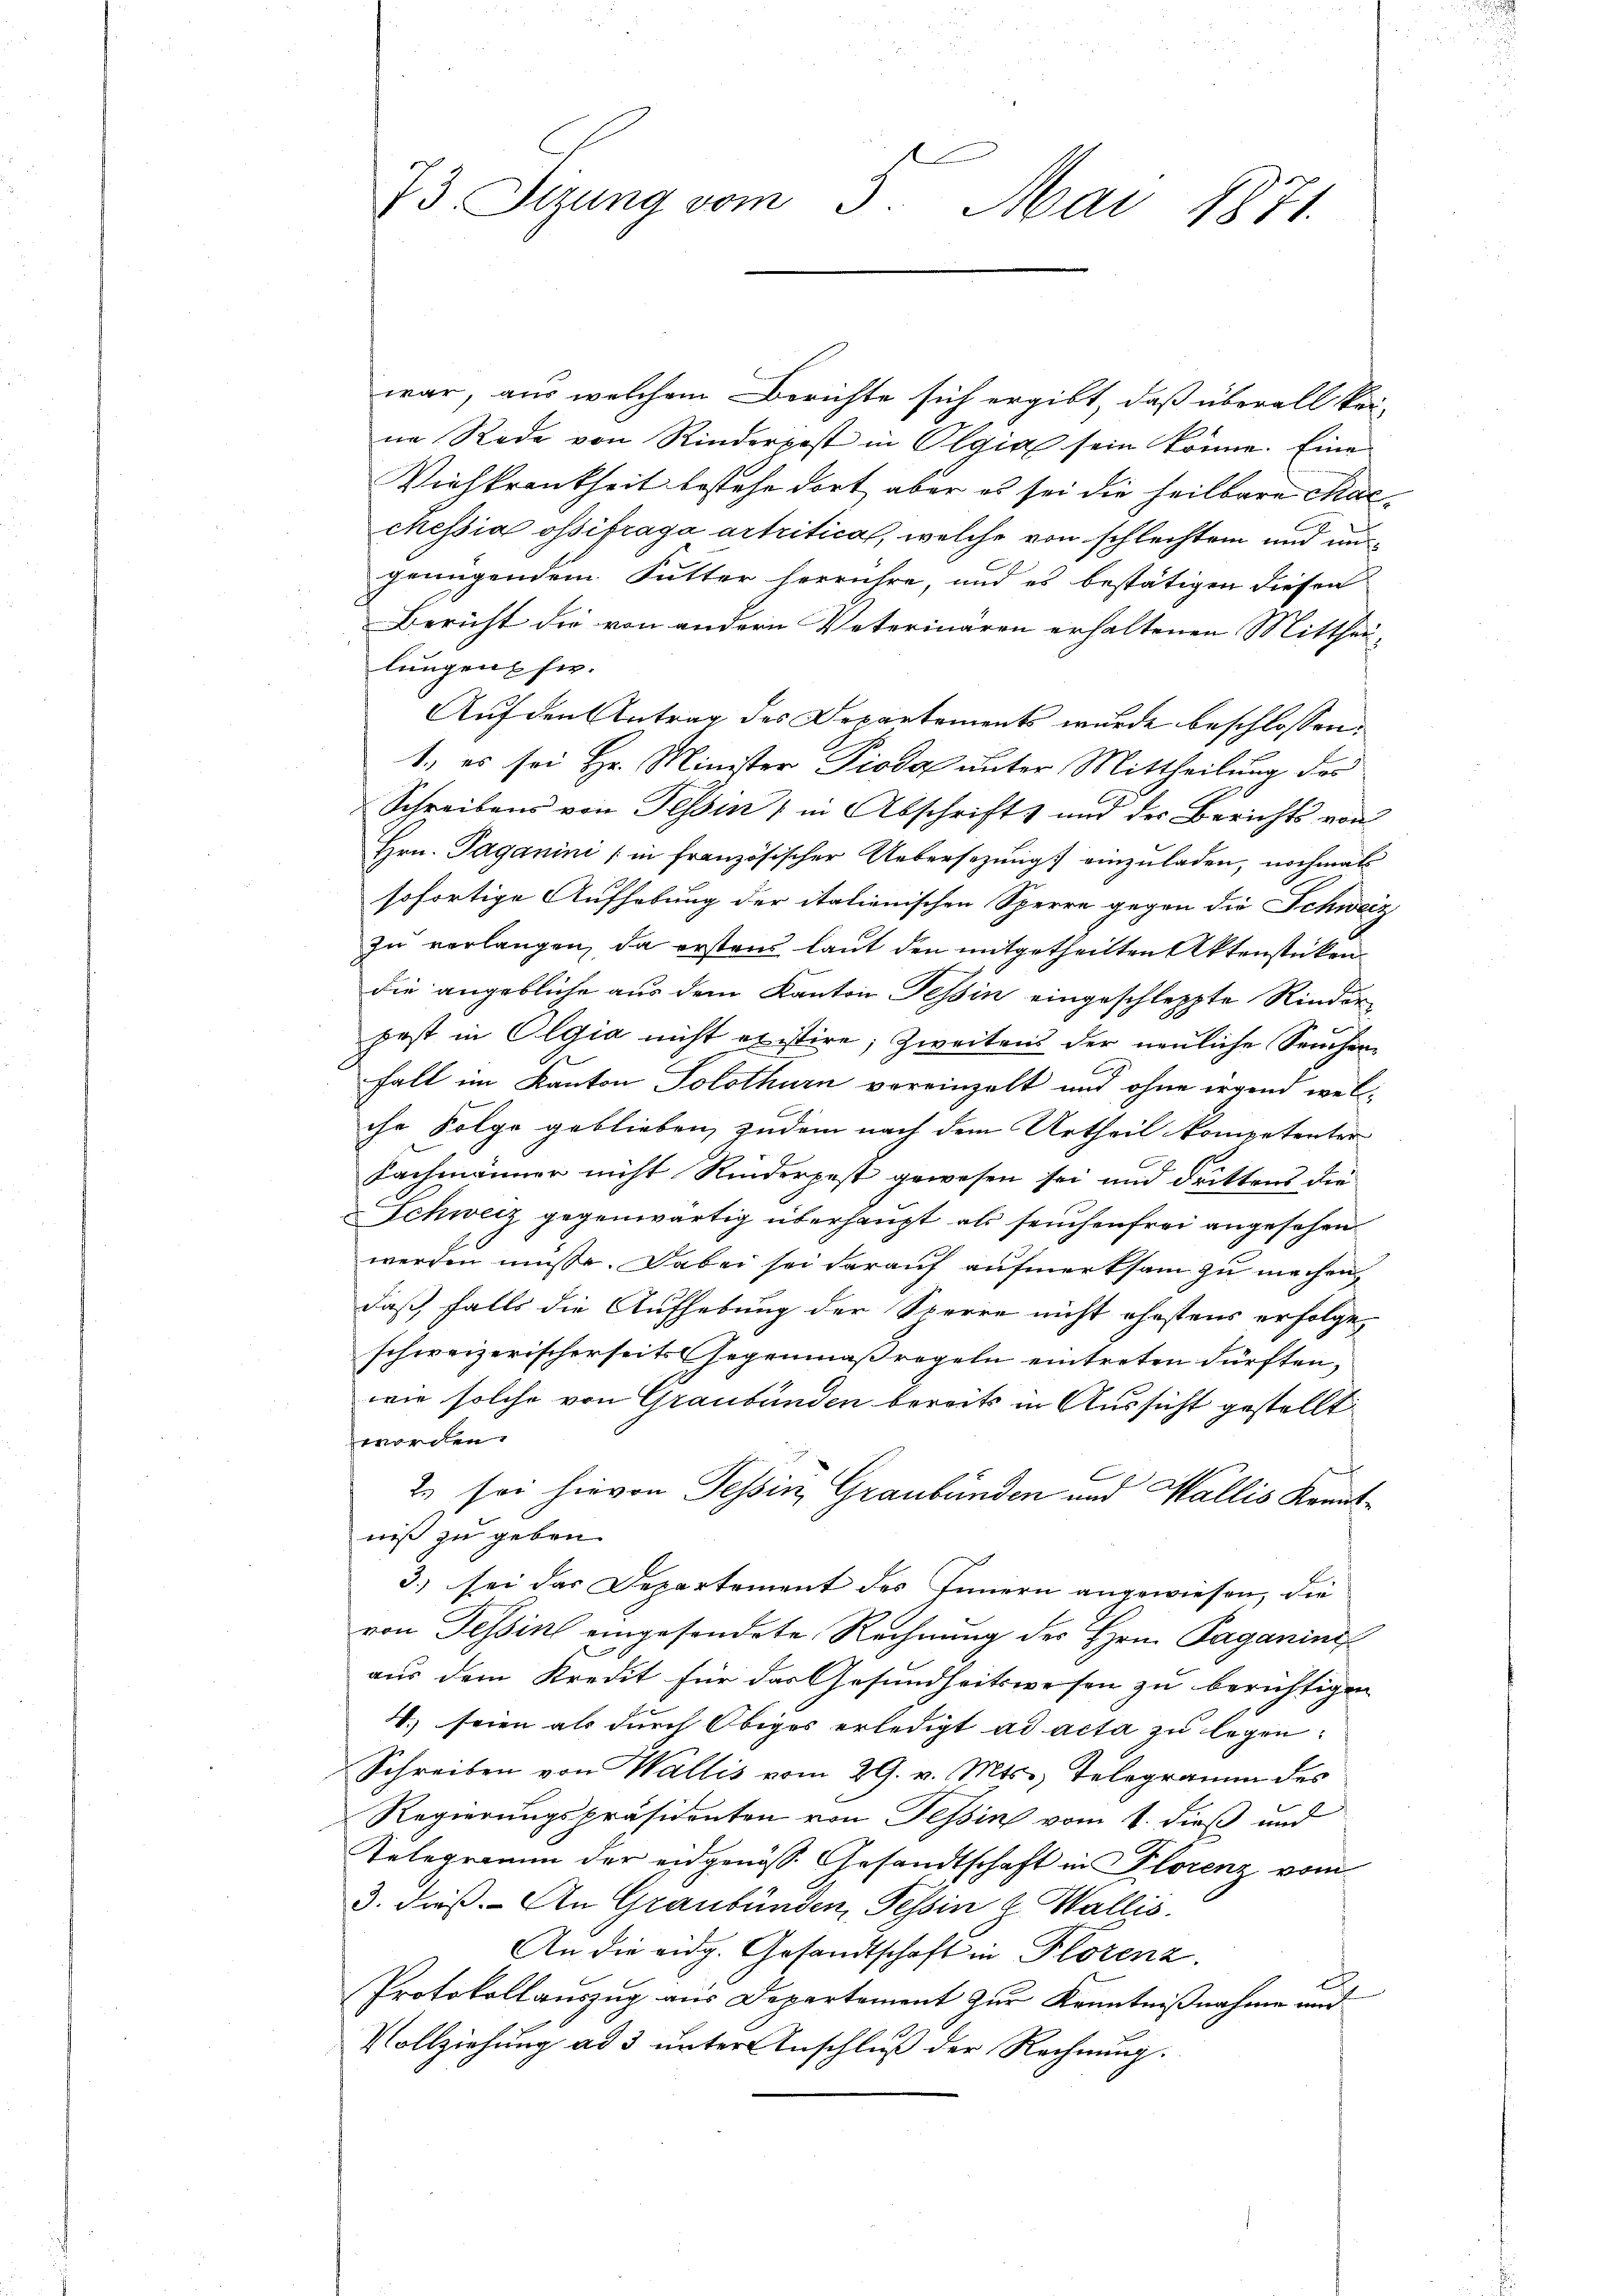
war, aus welchem Berichte sich ergibt, daß überall kei-
ne Rede von Rindererst in Olgia sein könne. Eine
Viehkrankheit bestehe dort, aber es sei die heilbare Macchessia ossifraga artritica, welche von schlechten und un
genügendem Futter herrühre, und es bestätigen diesen
Bericht die von andern Veterinären erhaltenen Mitthei-
lungen fer¬
Auf den Antrag des Departements wurde beschlossen:
1.) es sei Hr. Minister Piodol unter Mittheilung des
Schreibens von Tessin, in Abschrifts und der Berichts von
Hrn. Paganini (in Französischer Uebersezung einzuladen, nochmals
sofortige Aufhebung der itationischen Sperre gegen die Schweiz
zu verlangen, da ersten laut den mitgetheilten Aktenstücken
die angebliche aus dem Kanton Tessin eingeschleppte Rinder
pest in Olgia nicht existire; Zweitens der neuliche Seuchenfall im Kanton Solothurn vereinzelt und ohne irgend welche Folge geblieben, zudem nach dem Urtheil kompetenter
Fachmänner nicht Kinderpest gewesen sei und drittens die
Schweiz gegenwärtig überhaupt als seuchenfrei angesehen
werden müsse. Dabei sei darauf aufmerksam zu machen,
daß falls die Aufhebung der Sperre nicht ehestens erfolgen
schweizerischerseits Gegenmaßregeln eintreten dürften,
1
wie solche von Graubünden bereits in Aussicht gestellt
worden.
2 sei hievon Tessin, Graubünden und Wallis Kenntniß zu geben.
3.) sei das Departement des Innern angewiesen, die
von Tessin eingesendete Rechnung des Hrn. Paganins
d
aus dem Kredit für das Gesundheitswesen zu berichtigen
4.) seien als durch Obiges erledigt ad acta zu legen:
Schreiben von Wallis vom 29. v. Mts., Telegramm des
Regierungspräsidenten von Tessin vom 4. dieß und
Telegramm der eidgenöss. Gesandtschaft in Florenz vom
3. dieß. An Graubünden, Tessin & Wallis.
An die eidg. Gesandtschaft in Florenz.
Protokollauszug aus Departement zur Kenntnißnahme und
Vollziehung ad 3 unter Anschluß der Rechnung.

73. Sizung vom 5. Mai 1871.